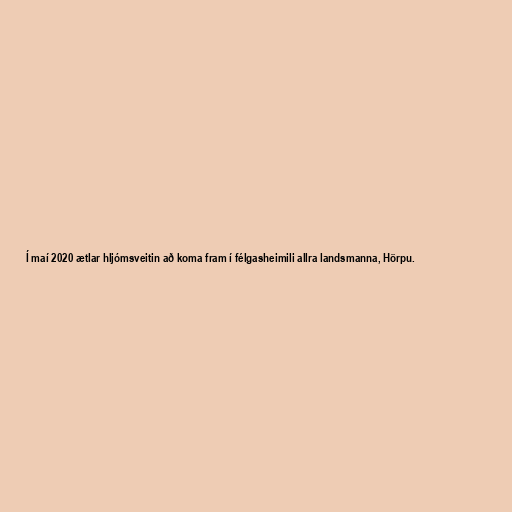
Í maí 2020 ætlar hljómsveitin að koma fram í félgasheimili allra landsmanna, Hörpu.